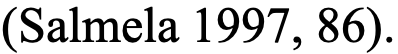
(Salmela 1997, 86).